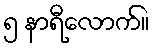
၅ နာရီလောက်။